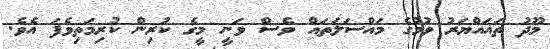
މޫދު ތަޣައްޔަރު ވުމުގެ މައްސަލަތައް ވެސް ވަނީ މީގެ ކުރިން ކުރިމަތިވެފަ އެވެ.